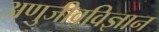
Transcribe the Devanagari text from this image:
अणुजीवविज्ञान